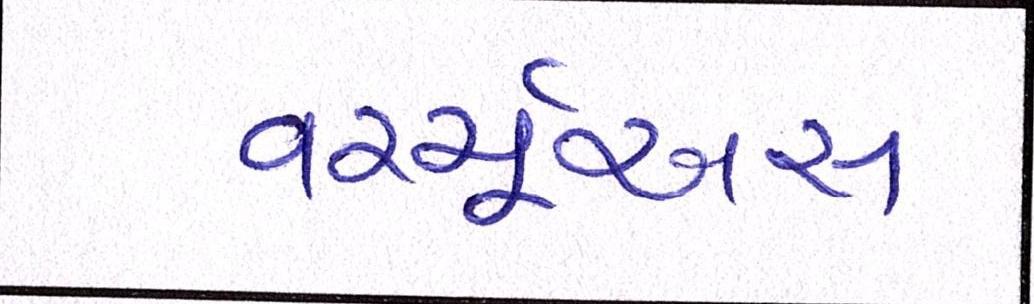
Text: વર્ચ્યૂઅસ